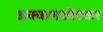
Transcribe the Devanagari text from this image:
अक्कलकोटकर